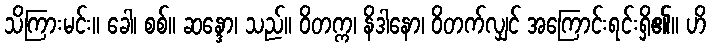
သိကြားမင်း။ ခေါ၊ စစ်။ ဆန္ဒော၊ သည်။ ဝိတက္က၊ နိဒါနော၊ ဝိတက်လျှင် အကြောင်းရင်းရှိ၏။ ဟိ